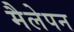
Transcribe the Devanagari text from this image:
मैलेपन